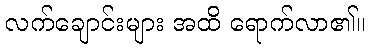
လက်ချောင်းများ အထိ ရောက်လာ၏။